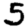
Digit: 5